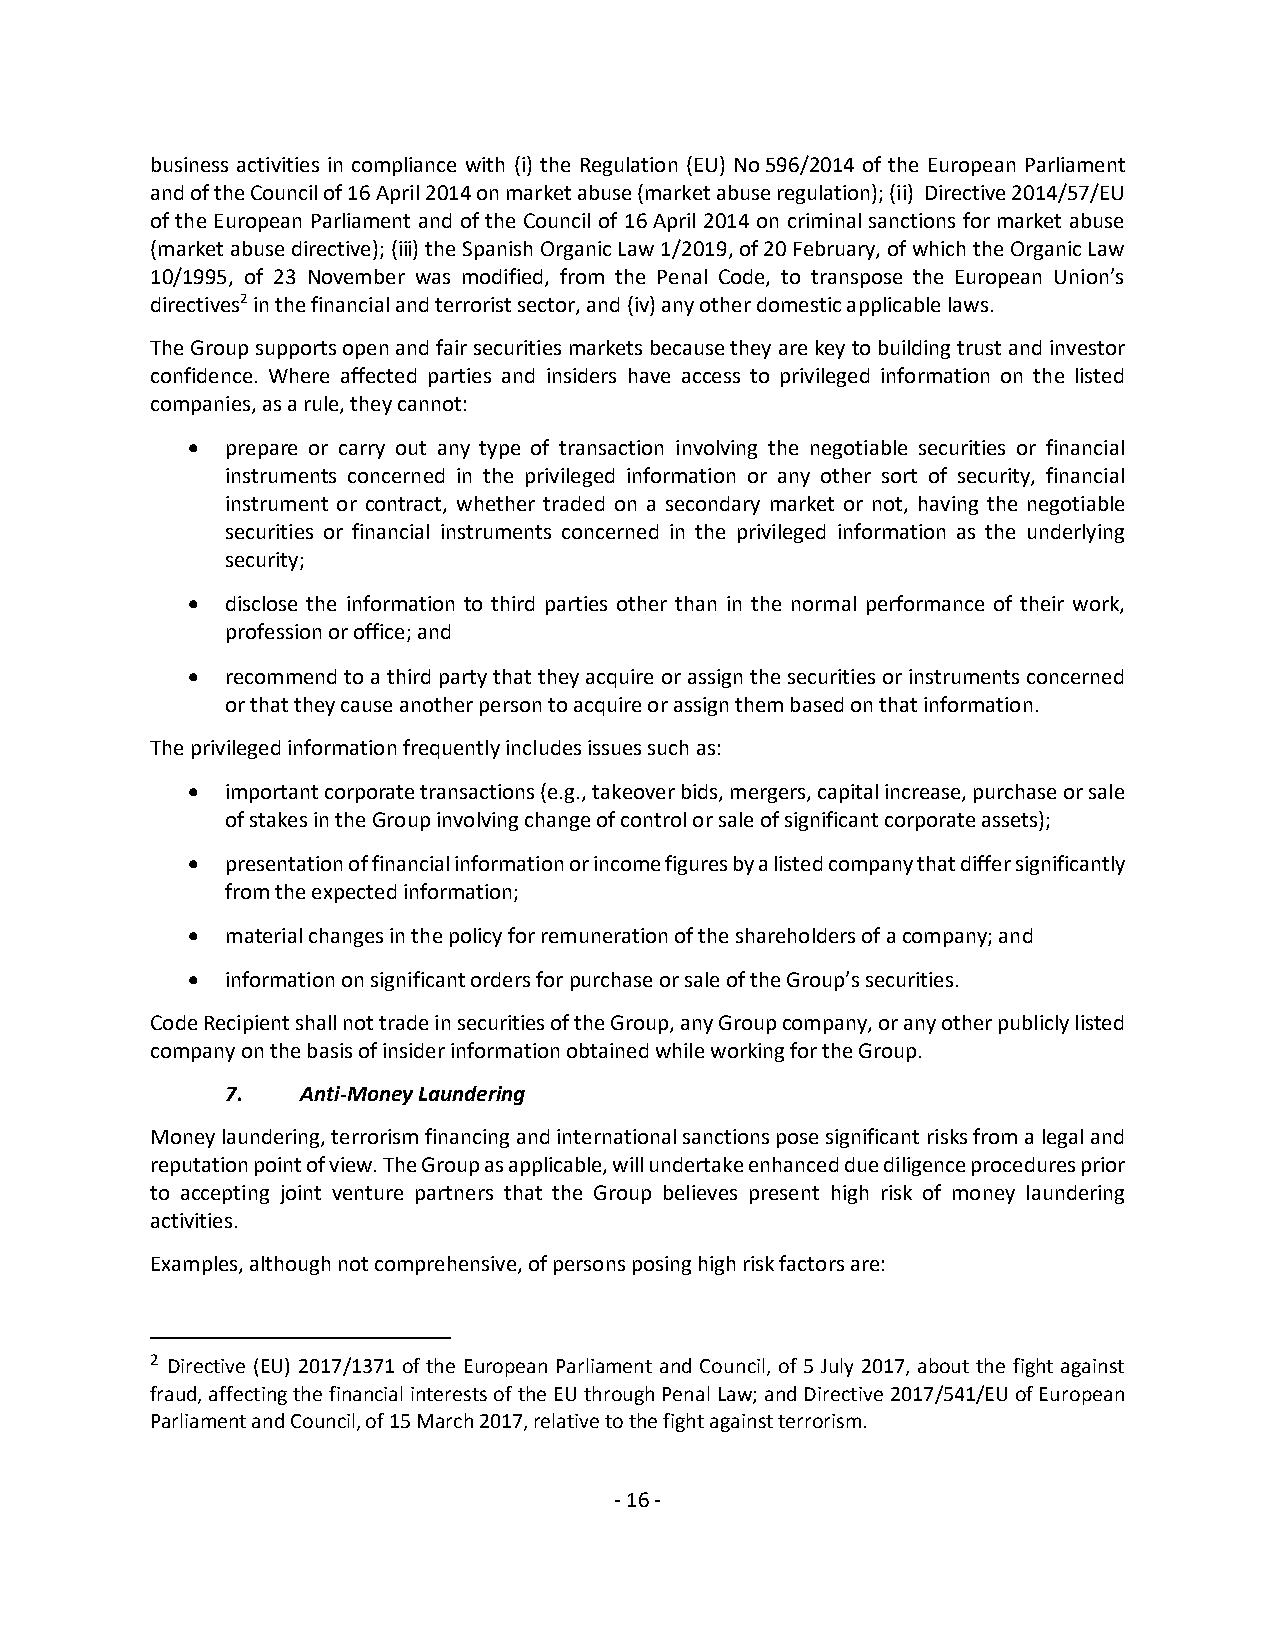
business activities in compliance with (i) the Regulation (EU) No 596/2014 of the European Parliament
 and of the Council of 16 April 2014 on market abuse (market abuse regulation); (ii) Directive 2014/57/EU
 of the European Parliament and of the Council of 16 April 2014 on criminal sanctions for market abuse
 (market abuse directive); (iii) the Spanish Organic Law 1/2019, of 20 February, of which the Organic Law
 10/1995, of 23 November was modified, from the Penal Code, to transpose the European Union’s
 directives2 in the financial and terrorist sector, and (iv) any other domestic applicable laws.
 The Group supports open and fair securities markets because they are key to building trust and investor
 confidence. Where affected parties and insiders have access to privileged information on the listed
 companies, as a rule, they cannot:
 •  prepare or carry out any type of transaction involving the negotiable securities or financial
 instruments concerned in the privileged information or any other sort of security, financial
 instrument or contract, whether traded on a secondary market or not, having the negotiable
 securities or financial instruments concerned in the privileged information as the underlying
 security;
 •  disclose the information to third parties other than in the normal performance of their work,
 profession or office; and
 •  recommend to a third party that they acquire or assign the securities or instruments concerned
 or that they cause another person to acquire or assign them based on that information.
 The privileged information frequently includes issues such as:
 •  important corporate transactions (e.g., takeover bids, mergers, capital increase, purchase or sale
 of stakes in the Group involving change of control or sale of significant corporate assets);
 •  presentation of financial information or income figures by a listed company that differ significantly
 from the expected information;
 •  material changes in the policy for remuneration of the shareholders of a company; and
 •  information on significant orders for purchase or sale of the Group’s securities.
 Code Recipient shall not trade in securities of the Group, any Group company, or any other publicly listed
 company on the basis of insider information obtained while working for the Group.
 7.   Anti-Money Laundering
 Money laundering, terrorism financing and international sanctions pose significant risks from a legal and
 reputation point of view. The Group as applicable, will undertake enhanced due diligence procedures prior
 to accepting joint venture partners that the Group believes present high risk of money laundering
 activities.
 Examples, although not comprehensive, of persons posing high risk factors are:
 2 Directive (EU) 2017/1371 of the European Parliament and Council, of 5 July 2017, about the fight against
 fraud, affecting the financial interests of the EU through Penal Law; and Directive 2017/541/EU of European
 Parliament and Council, of 15 March 2017, relative to the fight against terrorism.
 - 16 -